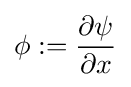
\phi :={\frac {\partial \psi }{\partial x}}